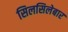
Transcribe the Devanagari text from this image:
सिलसिलेबार